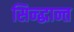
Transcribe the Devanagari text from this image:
सिन्द्धान्त